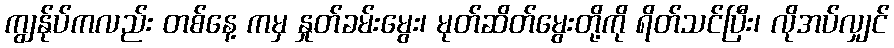
ကျွန်ုပ်ကလည်း တစ်နေ့ ကမှ နှုတ်ခမ်းမွေး၊ မုတ်ဆိတ်မွေးတို့ကို ရိတ်သင်ပြီး၊ လိုအပ်လျှင်